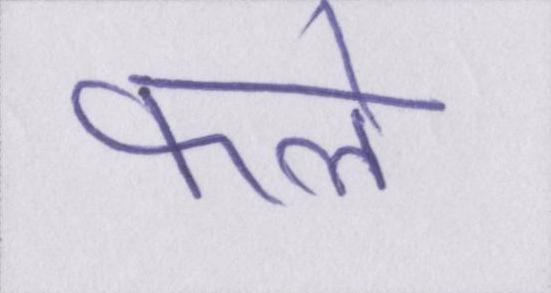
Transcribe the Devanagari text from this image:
फले